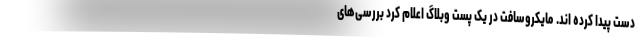
دست پیدا کرده اند. مایکروسافت در یک پست وبلاگ اعلام کرد بررسی‌های